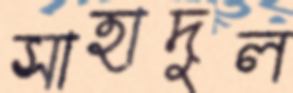
সাহাদুল